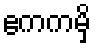
ဧကကမှိ